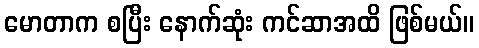
မောတာက စပြီး နောက်ဆုံး ကင်ဆာအထိ ဖြစ်မယ်။